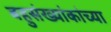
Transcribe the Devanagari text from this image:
बहुसंख्यांकांच्या